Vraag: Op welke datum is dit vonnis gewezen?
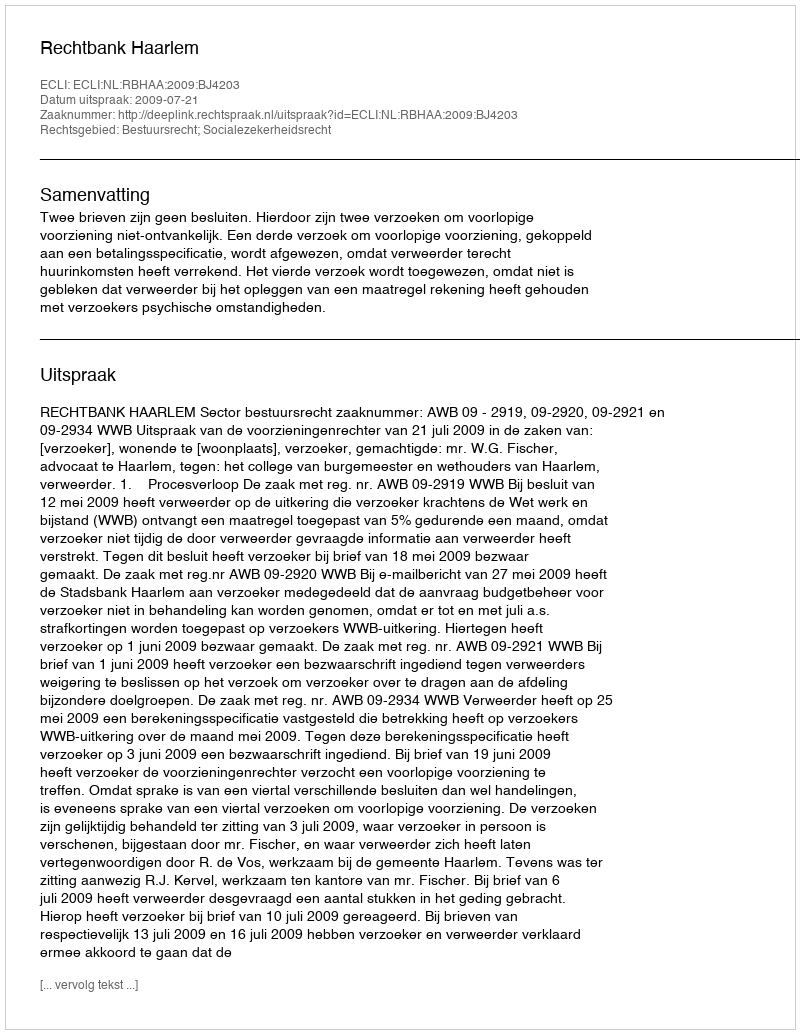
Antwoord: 2009-07-21